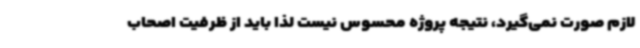
لازم صورت نمی‌گیرد، نتیجه پروژه محسوس نیست لذا باید از ظرفیت اصحاب